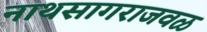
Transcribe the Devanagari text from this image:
नाथसागराजवळ